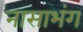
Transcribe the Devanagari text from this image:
नासाभंग